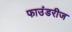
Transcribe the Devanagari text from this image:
फाउंडरीज